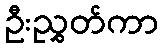
ဦးညွှတ်ကာ